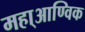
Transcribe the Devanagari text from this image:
महा्आण्विक